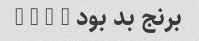
برنج بد بود … … … …